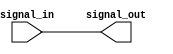
module non_inverting_buffer (
    input wire signal_in,
    output reg signal_out
);

always @ (signal_in)
begin
    signal_out = signal_in;
end

endmodule